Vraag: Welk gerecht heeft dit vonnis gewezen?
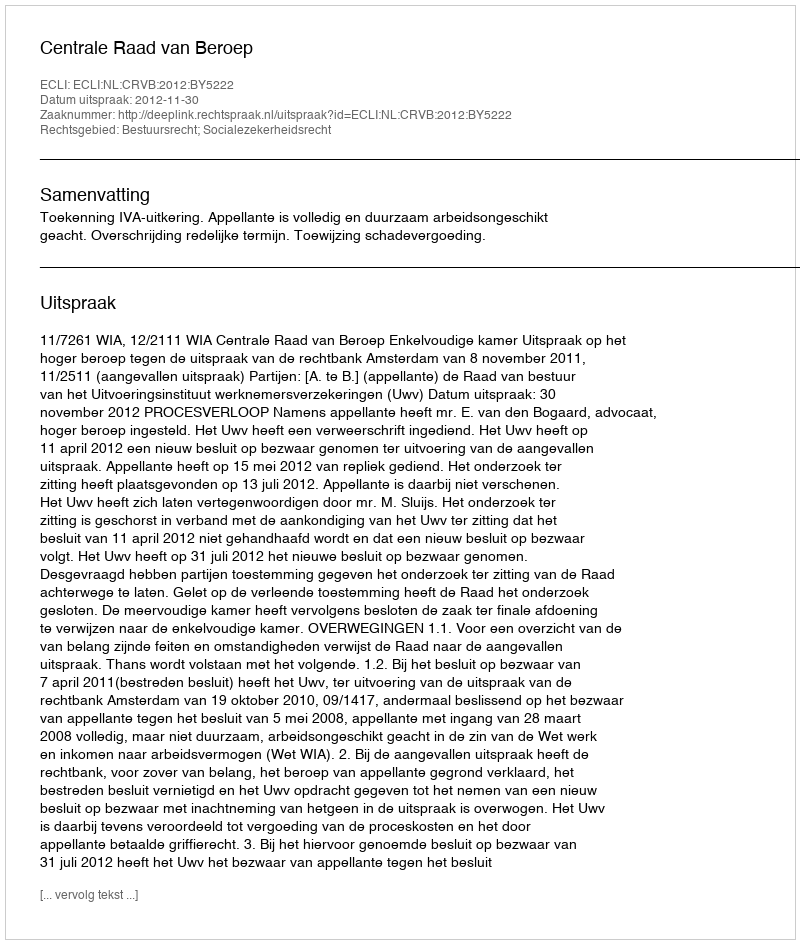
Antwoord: Centrale Raad van Beroep